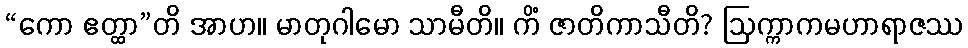
“ကော ဧတ္ထာ”တိ အာဟ။ မာတုဂါမော သာမီတိ။ ကိံ ဇာတိကာသီတိ? ဩက္ကာကမဟာရာဇဿ